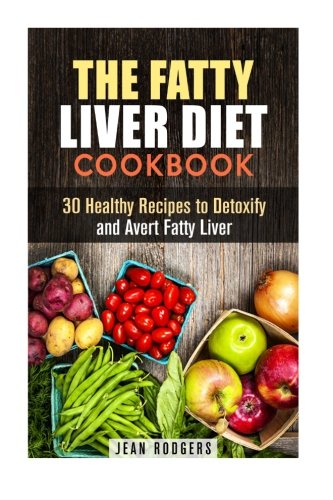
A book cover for The Fatty Liver Diet Cookbook: 30 Healthy Recipes to Detoxify and Avert Fatty Liver (Weight Loss & Detox); Jean Rodgers; Cookbooks, Food & Wine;